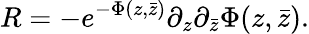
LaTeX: R=-e^{-\Phi(z,\bar{z})}\partial_{z}\partial_{\bar{z}}\Phi(z,\bar{z}).